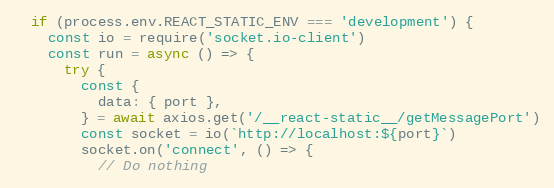
Language: JavaScript
  if (process.env.REACT_STATIC_ENV === 'development') {
    const io = require('socket.io-client')
    const run = async () => {
      try {
        const {
          data: { port },
        } = await axios.get('/__react-static__/getMessagePort')
        const socket = io(`http://localhost:${port}`)
        socket.on('connect', () => {
          // Do nothing